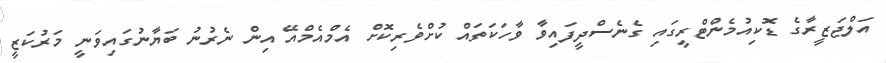
އަލްޖަޒީރާގެ ޑޮކިއުމެންޓްރީގައި ގެނެސްދީފައިވާ ވާހަކަތައް ކުށްވެރިކޮށް އެމްއެމްއޭ އިން ނެރުނު ބަޔާނުގައިވަނީ މަރުކަޒީ